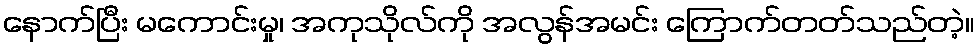
နောက်ပြီး မကောင်းမှု၊ အကုသိုလ်ကို အလွန်အမင်း ကြောက်တတ်သည်တဲ့။